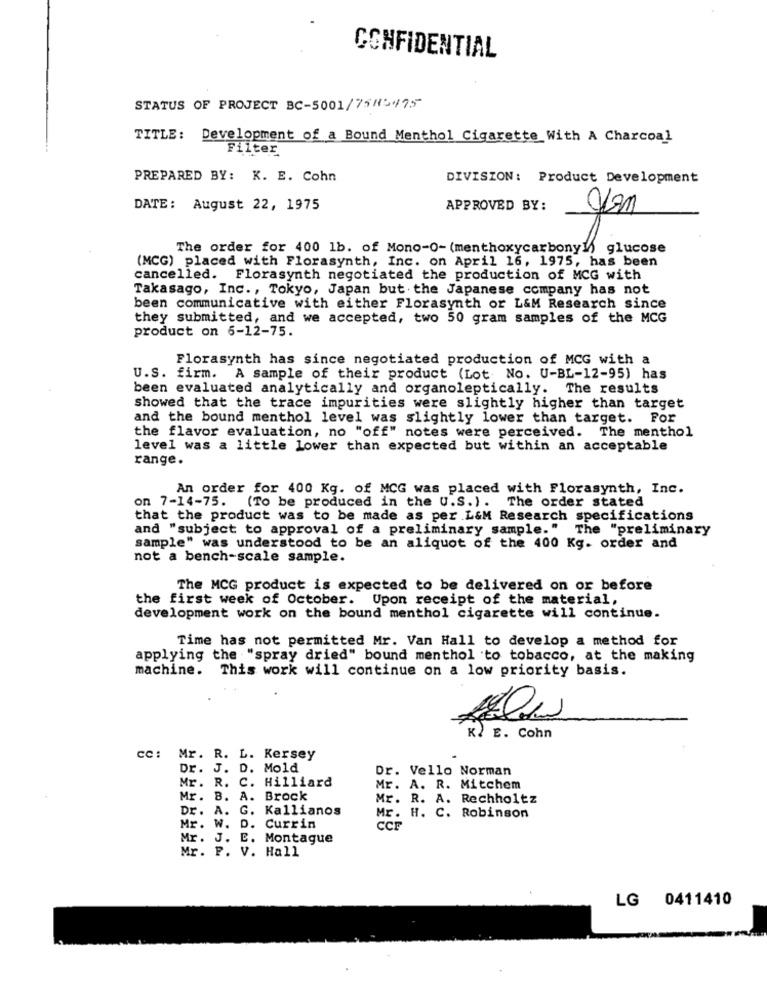
CONFIDENTIAL
STATUS OF PROJECT BC-5001/7515475
TITLE: Development of a Bound Menthol Cigarette With A Charcoal
Filter
PREPARED BY: K. E. Cohn
DIVISION: Product Development
DATE: August 22, 1975
APPROVED BY:
The order for 400 1b. of Mono-O- (menthoxycarbony]) glucose
(MCG) placed with Florasynth, Inc. on April 16, 1975, has been
cancelled. Florasynth negotiated the production of MCG with
Takasago, Inc ., Tokyo, Japan but the Japanese company has not
been communicative with either Florasynth or L&M Research since
they submitted, and we accepted, two 50 gram samples of the MCG
product on 6-12-75.
Florasynth has since negotiated production of MCG with a
U.S. firm. A sample of their product (Lot No. U-BL-12-95) has
been evaluated analytically and organoleptically. The results
showed that the trace impurities were slightly higher than target
and the bound menthol level was slightly lower than target. For
the flavor evaluation, no "off" notes were perceived. The menthol
level was a little lower than expected but within an acceptable
range.
An order for 400 Kg. of MCG was placed with Florasynth, Inc.
on 7-14-75. (To be produced in the U.S. ). The order stated
that the product was to be made as per L&M Research specifications
and "subject to approval of a preliminary sample." The "preliminary
sample" was understood to be an aliquot of the 400 Kg. order and
not a bench-scale sample.
The MCG product is expected to be delivered on or before
the first week of October. Upon receipt of the material,
development work on the bound menthol cigarette will continue.
Time has not permitted Mr. Van Hall to develop a method for
applying the "spray dried" bound menthol to tobacco, at the making
machine. This work will continue on a low priority basis.
E. Cohn
cc: Mr. R. L. Kersey
Dr. J. D. Mold
Dr. Vello Norman
Mr. R. C. Hilliard
Mr. A. R. Mitchem
Mr. B. A. Brock
Mr. R. A. Rechholtz
Dr. A. G. Kallianos
Mr. H. C. Robinson
Mr. W
D. Currin
CCF
Mr. J
E. Montague
Mr. P. V. Hall
LG 0411410